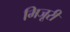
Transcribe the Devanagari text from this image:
मिजूरी